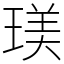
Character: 𤧞